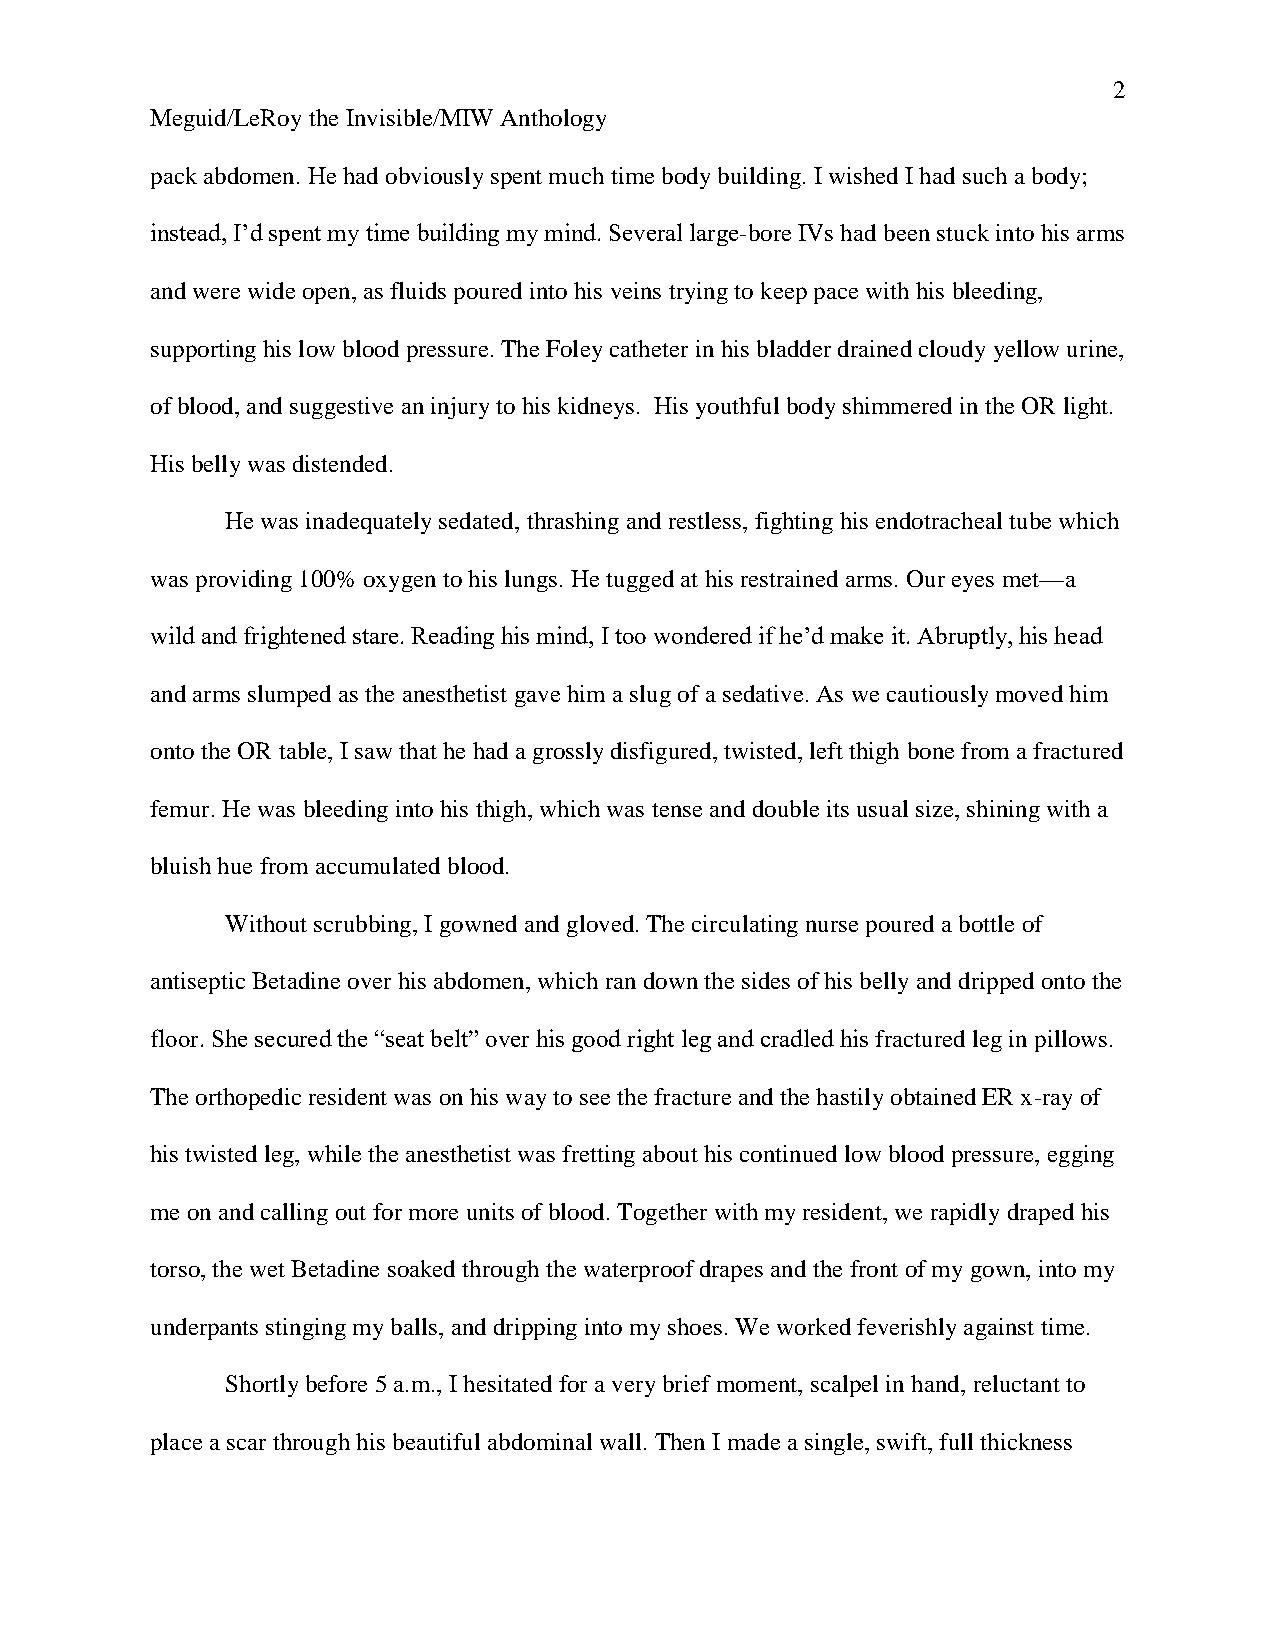
2
 Meguid/LeRoy the Invisible/MIW Anthology
 pack abdomen. He had obviously spent much time body building. I wished I had such a body;
 instead, I’d spent my time building my mind. Several large-bore IVs had been stuck into his arms
 and were wide open, as fluids poured into his veins trying to keep pace with his bleeding,
 supporting his low blood pressure. The Foley catheter in his bladder drained cloudy yellow urine,
 of blood, and suggestive an injury to his kidneys. His youthful body shimmered in the OR light.
 His belly was distended.
 He was inadequately sedated, thrashing and restless, fighting his endotracheal tube which
 was providing 100% oxygen to his lungs. He tugged at his restrained arms. Our eyes met—a
 wild and frightened stare. Reading his mind, I too wondered if he’d make it. Abruptly, his head
 and arms slumped as the anesthetist gave him a slug of a sedative. As we cautiously moved him
 onto the OR table, I saw that he had a grossly disfigured, twisted, left thigh bone from a fractured
 femur. He was bleeding into his thigh, which was tense and double its usual size, shining with a
 bluish hue from accumulated blood.
 Without scrubbing, I gowned and gloved. The circulating nurse poured a bottle of
 antiseptic Betadine over his abdomen, which ran down the sides of his belly and dripped onto the
 floor. She secured the “seat belt” over his good right leg and cradled his fractured leg in pillows.
 The orthopedic resident was on his way to see the fracture and the hastily obtained ER x-ray of
 his twisted leg, while the anesthetist was fretting about his continued low blood pressure, egging
 me on and calling out for more units of blood. Together with my resident, we rapidly draped his
 torso, the wet Betadine soaked through the waterproof drapes and the front of my gown, into my
 underpants stinging my balls, and dripping into my shoes. We worked feverishly against time.
 Shortly before 5 a.m., I hesitated for a very brief moment, scalpel in hand, reluctant to
 place a scar through his beautiful abdominal wall. Then I made a single, swift, full thickness